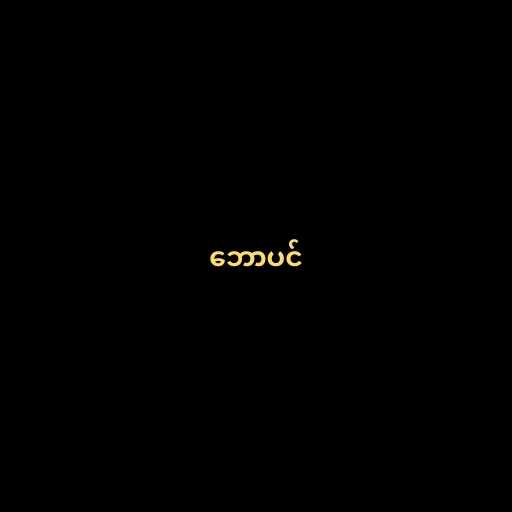
ဘောပင်